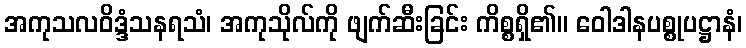
အကုသလဝိဒ္ဒံသနရသံ၊ အကုသိုလ်ကို ဖျက်ဆီးခြင်း ကိစ္စရှိ၏။ ဝေါဒါနပစ္စုပဋ္ဌာနံ၊